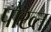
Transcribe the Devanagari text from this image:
पोख्त